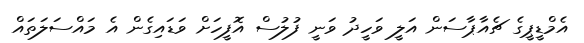
އެމްޑީޕީގެ ޗެއާޕާސަން އަލީ ވަހީދު ވަނީ ފުލުސް އޮފީހަށް ވަޑައިގެން އެ މައްސަލަތައް